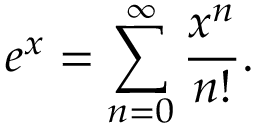
e ^ { x } = \sum _ { n = 0 } ^ { \infty } { \frac { x ^ { n } } { n ! } } .